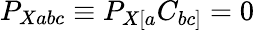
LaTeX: P_{Xabc}\equiv P_{X[a}C_{bc]}=0